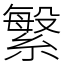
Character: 䌓